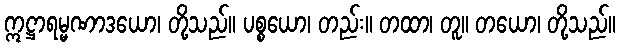
ဣဋ္ဌာရမ္မဏာဒယော၊ တို့သည်။ ပစ္စယော၊ တည်း။ တထာ၊ တူ။ တယော၊ တို့သည်။